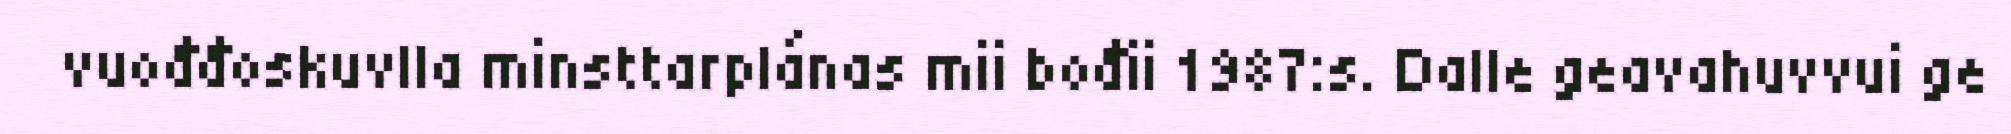
vuođđoskuvlla minsttarplánas mii bođii 1987:s. Dalle geavahuvvui ge